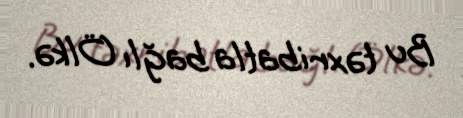
Bu təxribatla bağlı Ölkə.